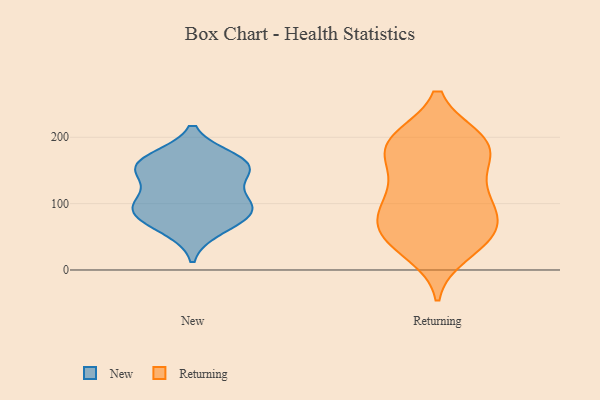
{"axis": {"x": "Gross Profit (USD K)", "y": "Value"}, "legend": ["New", "Returning"], "data": [{"x": "", "y": 162, "type": "New"}, {"x": "", "y": 100, "type": "New"}, {"x": "", "y": 95, "type": "New"}, {"x": "", "y": 167, "type": "New"}, {"x": "", "y": 87, "type": "New"}, {"x": "", "y": 149, "type": "New"}, {"x": "", "y": 157, "type": "New"}, {"x": "", "y": 149, "type": "New"}, {"x": "", "y": 104, "type": "New"}, {"x": "", "y": 62, "type": "New"}, {"x": "", "y": 77, "type": "New"}, {"x": "", "y": 187, "type": "Returning"}, {"x": "", "y": 146, "type": "Returning"}, {"x": "", "y": 193, "type": "Returning"}, {"x": "", "y": 47, "type": "Returning"}, {"x": "", "y": 110, "type": "Returning"}, {"x": "", "y": 155, "type": "Returning"}, {"x": "", "y": 176, "type": "Returning"}, {"x": "", "y": 75, "type": "Returning"}, {"x": "", "y": 195, "type": "Returning"}, {"x": "", "y": 197, "type": "Returning"}, {"x": "", "y": 45, "type": "Returning"}, {"x": "", "y": 196, "type": "Returning"}, {"x": "", "y": 116, "type": "Returning"}, {"x": "", "y": 89, "type": "Returning"}, {"x": "", "y": 26, "type": "Returning"}, {"x": "", "y": 95, "type": "Returning"}, {"x": "", "y": 42, "type": "Returning"}, {"x": "", "y": 61, "type": "Returning"}, {"x": "", "y": 74, "type": "Returning"}]}